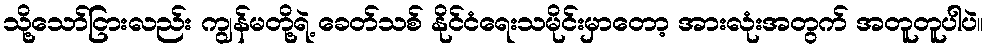
သို့သော်ငြားလည်း ကျွန်မတို့ရဲ့ ခေတ်သစ် နိုင်ငံရေးသမိုင်းမှာတော့ အားလုံးအတွက် အတူတူပါပဲ။